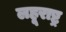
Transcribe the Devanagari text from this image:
लहूराष्ट्र